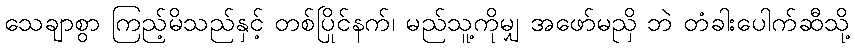
သေချာစွာ ကြည့်မိသည်နှင့် တစ်ပြိုင်နက်၊ မည်သူ့ကိုမျှ အဖော်မညှိ ဘဲ တံခါးပေါက်ဆီသို့